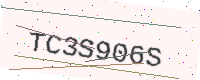
Text: TC3S906S